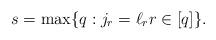
LaTeX: \begin{align*}s=\max\{q: j_{r}=\ell_{r} r \in[q]\}.\end{align*}